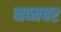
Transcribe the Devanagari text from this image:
नव्मबर